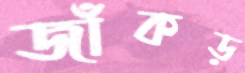
জাঁকড়